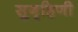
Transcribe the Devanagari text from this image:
सुगृहिणी